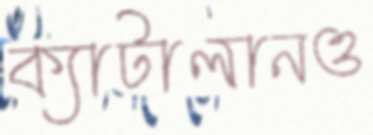
ক্যাটালানও